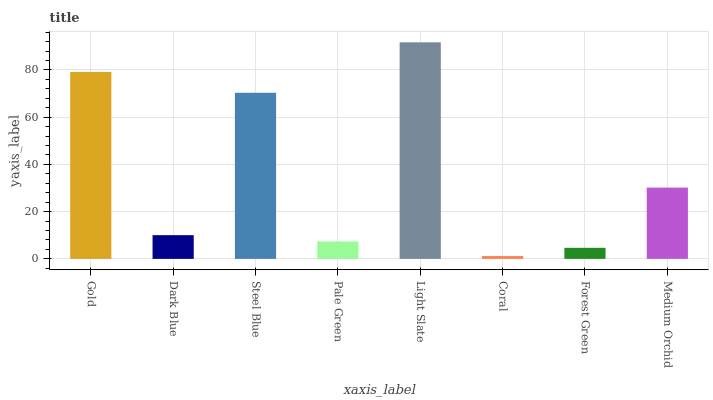
| xaxis_label | bars |
 | --- | --- |
 | Gold | 79.1 |
 | Dark Blue | 10 |
 | Steel Blue | 70.3 |
 | Pale Green | 7.36 |
 | Light Slate | 91.7 |
 | Coral | 1.19 |
 | Forest Green | 4.68 |
 | Medium Orchid | 30.2 |